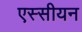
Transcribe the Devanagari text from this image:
एस्सीयन